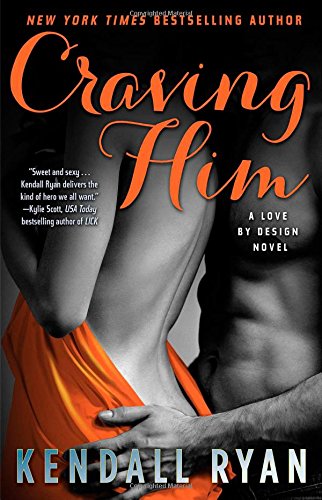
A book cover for Craving Him: A Love by Design Novel; Kendall Ryan; Romance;